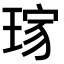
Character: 𤦓